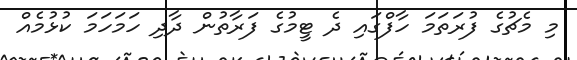
މި މެޗުގެ ފުރަތަމަ ހާފްގައި ދެ ޓީމުގެ ފަރާތުން ދާދި ހަމަހަމަ ކުޅުމެއް